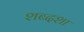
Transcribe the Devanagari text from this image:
शब्दशा